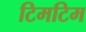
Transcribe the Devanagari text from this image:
टिमटिम